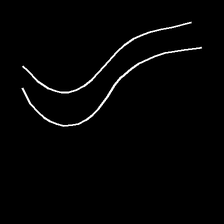
Glyph: float